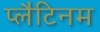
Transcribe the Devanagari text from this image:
प्‍लैटिनम